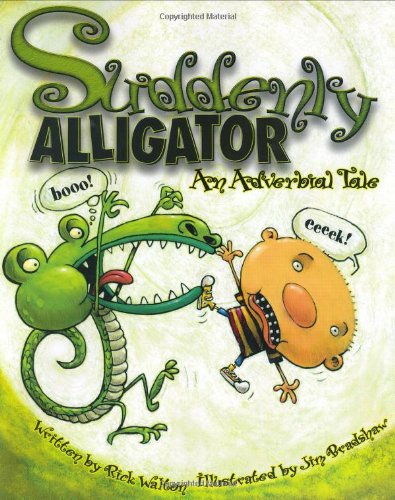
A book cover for Suddenly Alligator; Rick Walton; Children's Books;